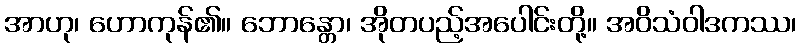
အာဟု၊ ဟောကုန်၏။ ဘောန္တော၊ အိုတပည့်အပေါင်းတို့။ အဝိသံဝါဒကဿ၊